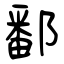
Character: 鄱